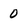
Character: 0